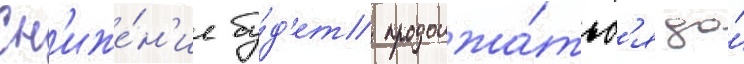
Сн'иже́н'ие бу́д'ет продолжа́тьс'я до́